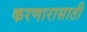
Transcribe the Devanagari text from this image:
करणारासाठी